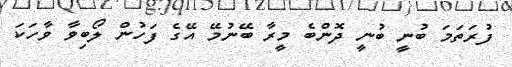
ފުރަތަމަ ބުނީ ބުނީ ދޮންބެ މީރާ ބޭނުމޭ އޭގެ ފަހުން ލޯބިވާ ވާހަކަ